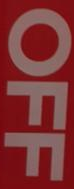
OFF